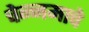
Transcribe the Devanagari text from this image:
चेन्नमाचे